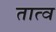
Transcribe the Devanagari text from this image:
तात्व